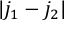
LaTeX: | j _ { 1 } - j _ { 2 } |